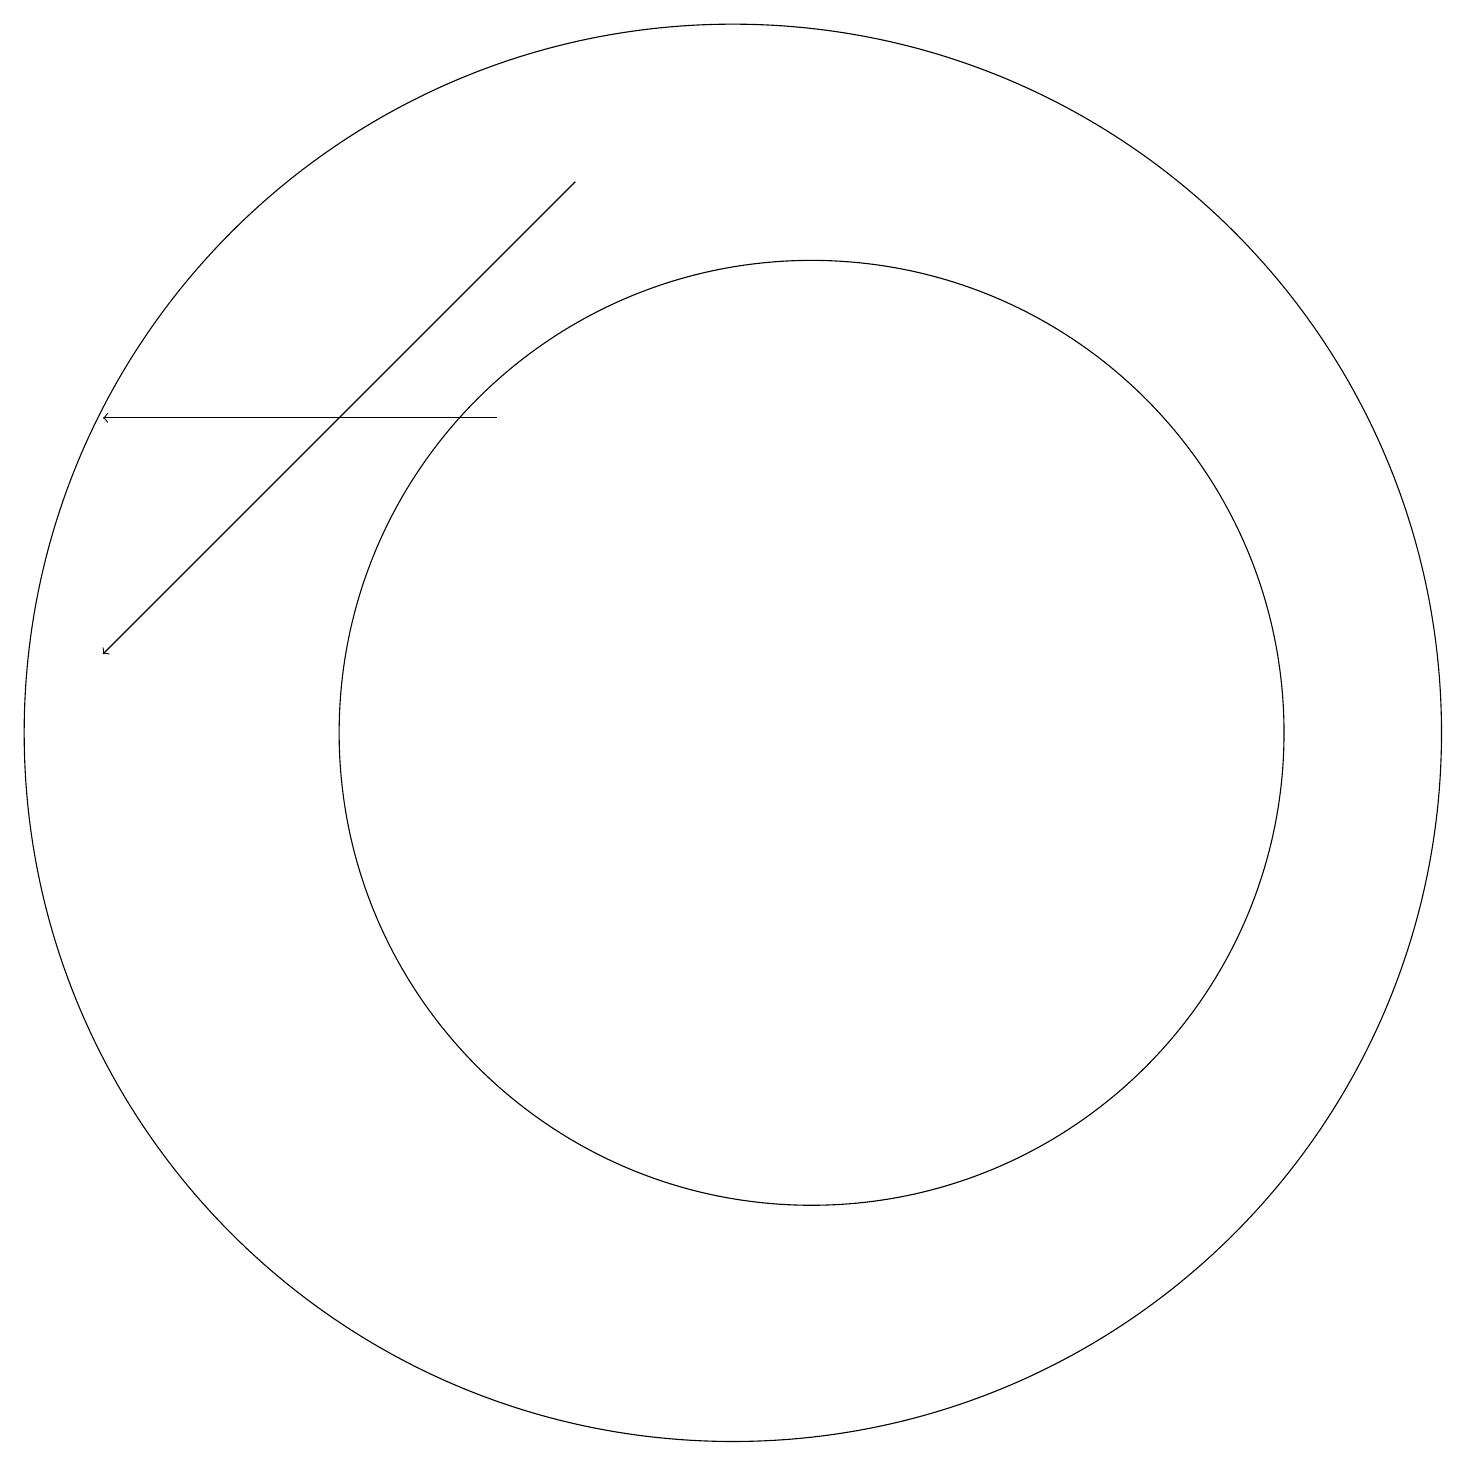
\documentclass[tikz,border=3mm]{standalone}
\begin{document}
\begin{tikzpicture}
\draw (12,10) circle (6);
\draw[->] (8,14) -- (3,14);
\draw (11,10) circle (9);
\draw[->] (9,17) -- (3,11);
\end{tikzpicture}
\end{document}